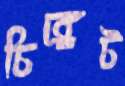
চিঙ্গেট